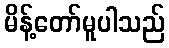
မိန့်တော်မူပါသည်